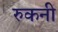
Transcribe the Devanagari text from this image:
रुकनी